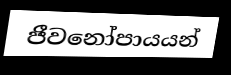
ජීවනෝපායයන්